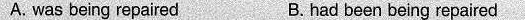
A. was being repaired B.had been being repaired